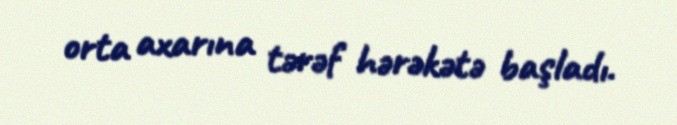
orta axarına tərəf hərəkətə başladı.